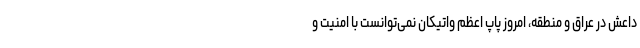
داعش در عراق و منطقه، امروز پاپ اعظم واتیکان نمی‌توانست با امنیت و